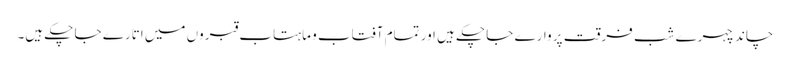
چاند چہرے شب فرقت پر وارے جا چکے ہیں اور تمام آفتاب و ماہتاب قبروں میں اتارے جا چکے ہیں۔